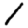
Digit: 1